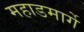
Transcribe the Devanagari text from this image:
महाडमार्गे